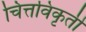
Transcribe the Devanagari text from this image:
चित्तविकृती